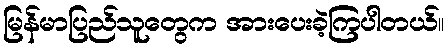
မြန်မာပြည်သူတွေက အားပေးခဲ့ကြပါတယ်။